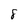
Character: 8